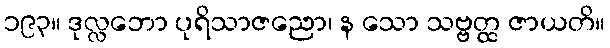
၁၉၃။ ဒုလ္လဘော ပုရိသာဇညော၊ န သော သဗ္ဗတ္ထ ဇာယတိ။